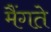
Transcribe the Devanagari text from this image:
मैंगते